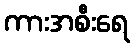
ကားအစီးရေ